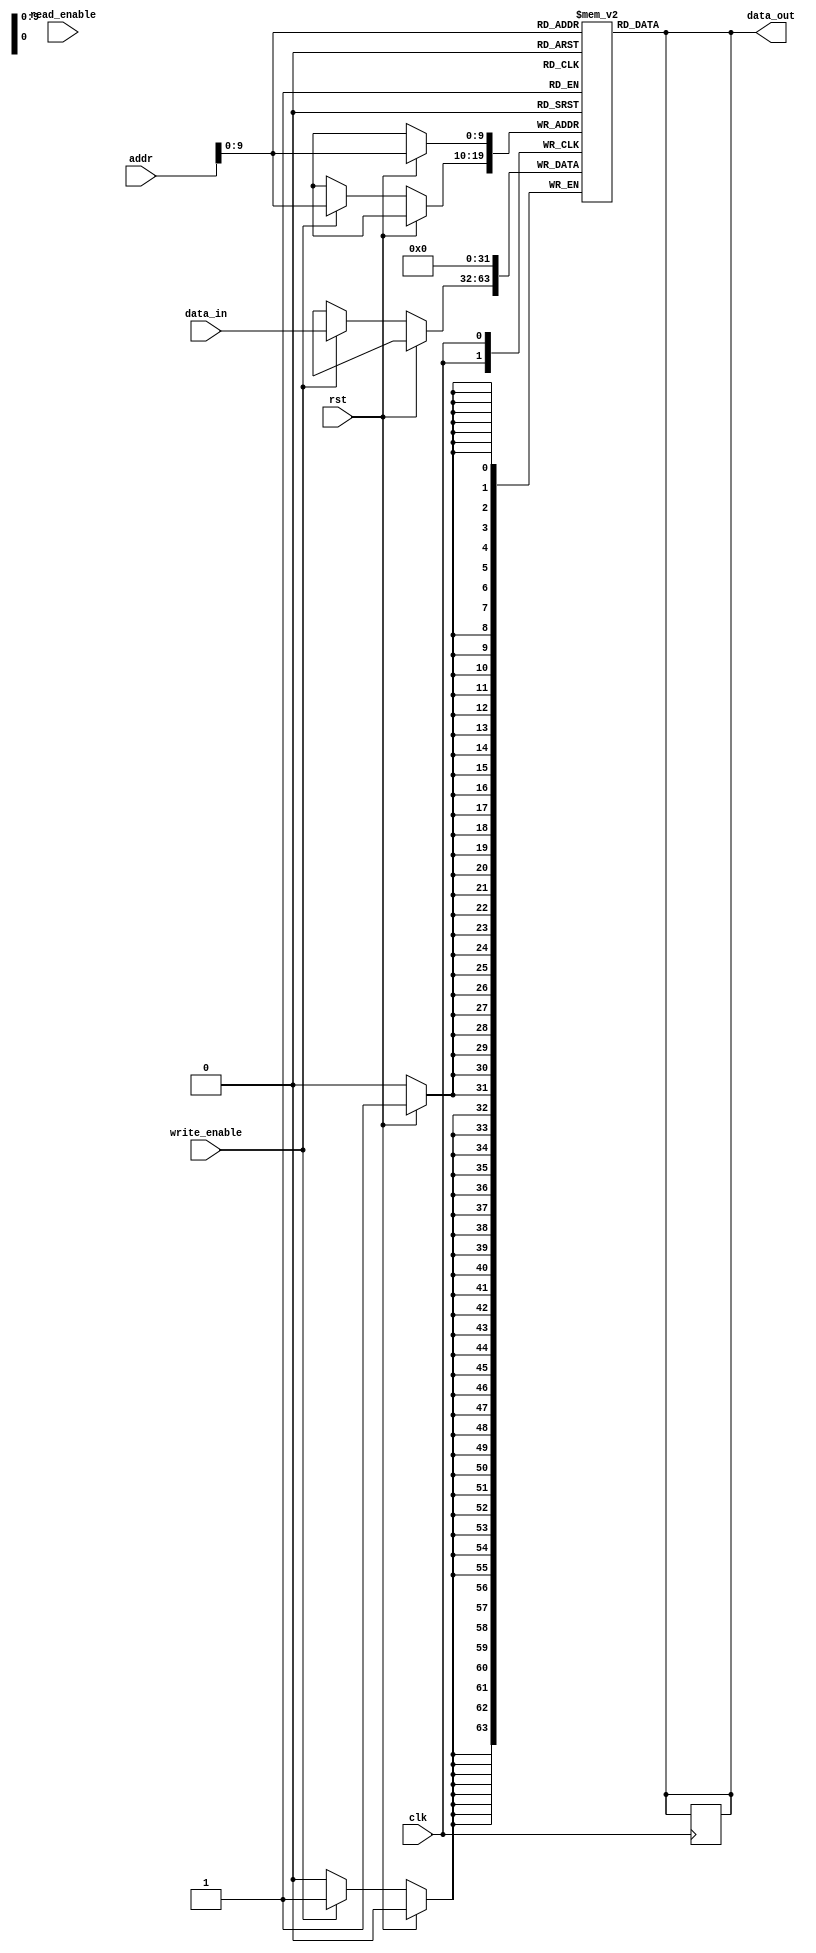
module MemoryBlocks_RLDRAM (
    input wire clk,
    input wire rst,
    input wire [31:0] addr,
    input wire [31:0] data_in,
    output wire [31:0] data_out,
    input wire write_enable,
    input wire read_enable
);

// Define memory blocks
reg [31:0] memory [0:1023];

// Define controller for writing and reading data
always @(posedge clk) begin
    if (rst) begin
        memory[addr] <= 32'h0;
    end else begin
        if (write_enable) begin
            memory[addr] <= data_in;
        end
        if (read_enable) begin
            data_out <= memory[addr];
        end
    end
end

// Address and data buses
assign data_out = memory[addr];

// Burst mode operations
// Add burst mode operations here

// Address mapping
// Add address mapping logic here

// Refresh algorithms
// Add refresh algorithms here

endmodule